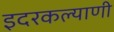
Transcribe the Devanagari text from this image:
इदरकल्याणी